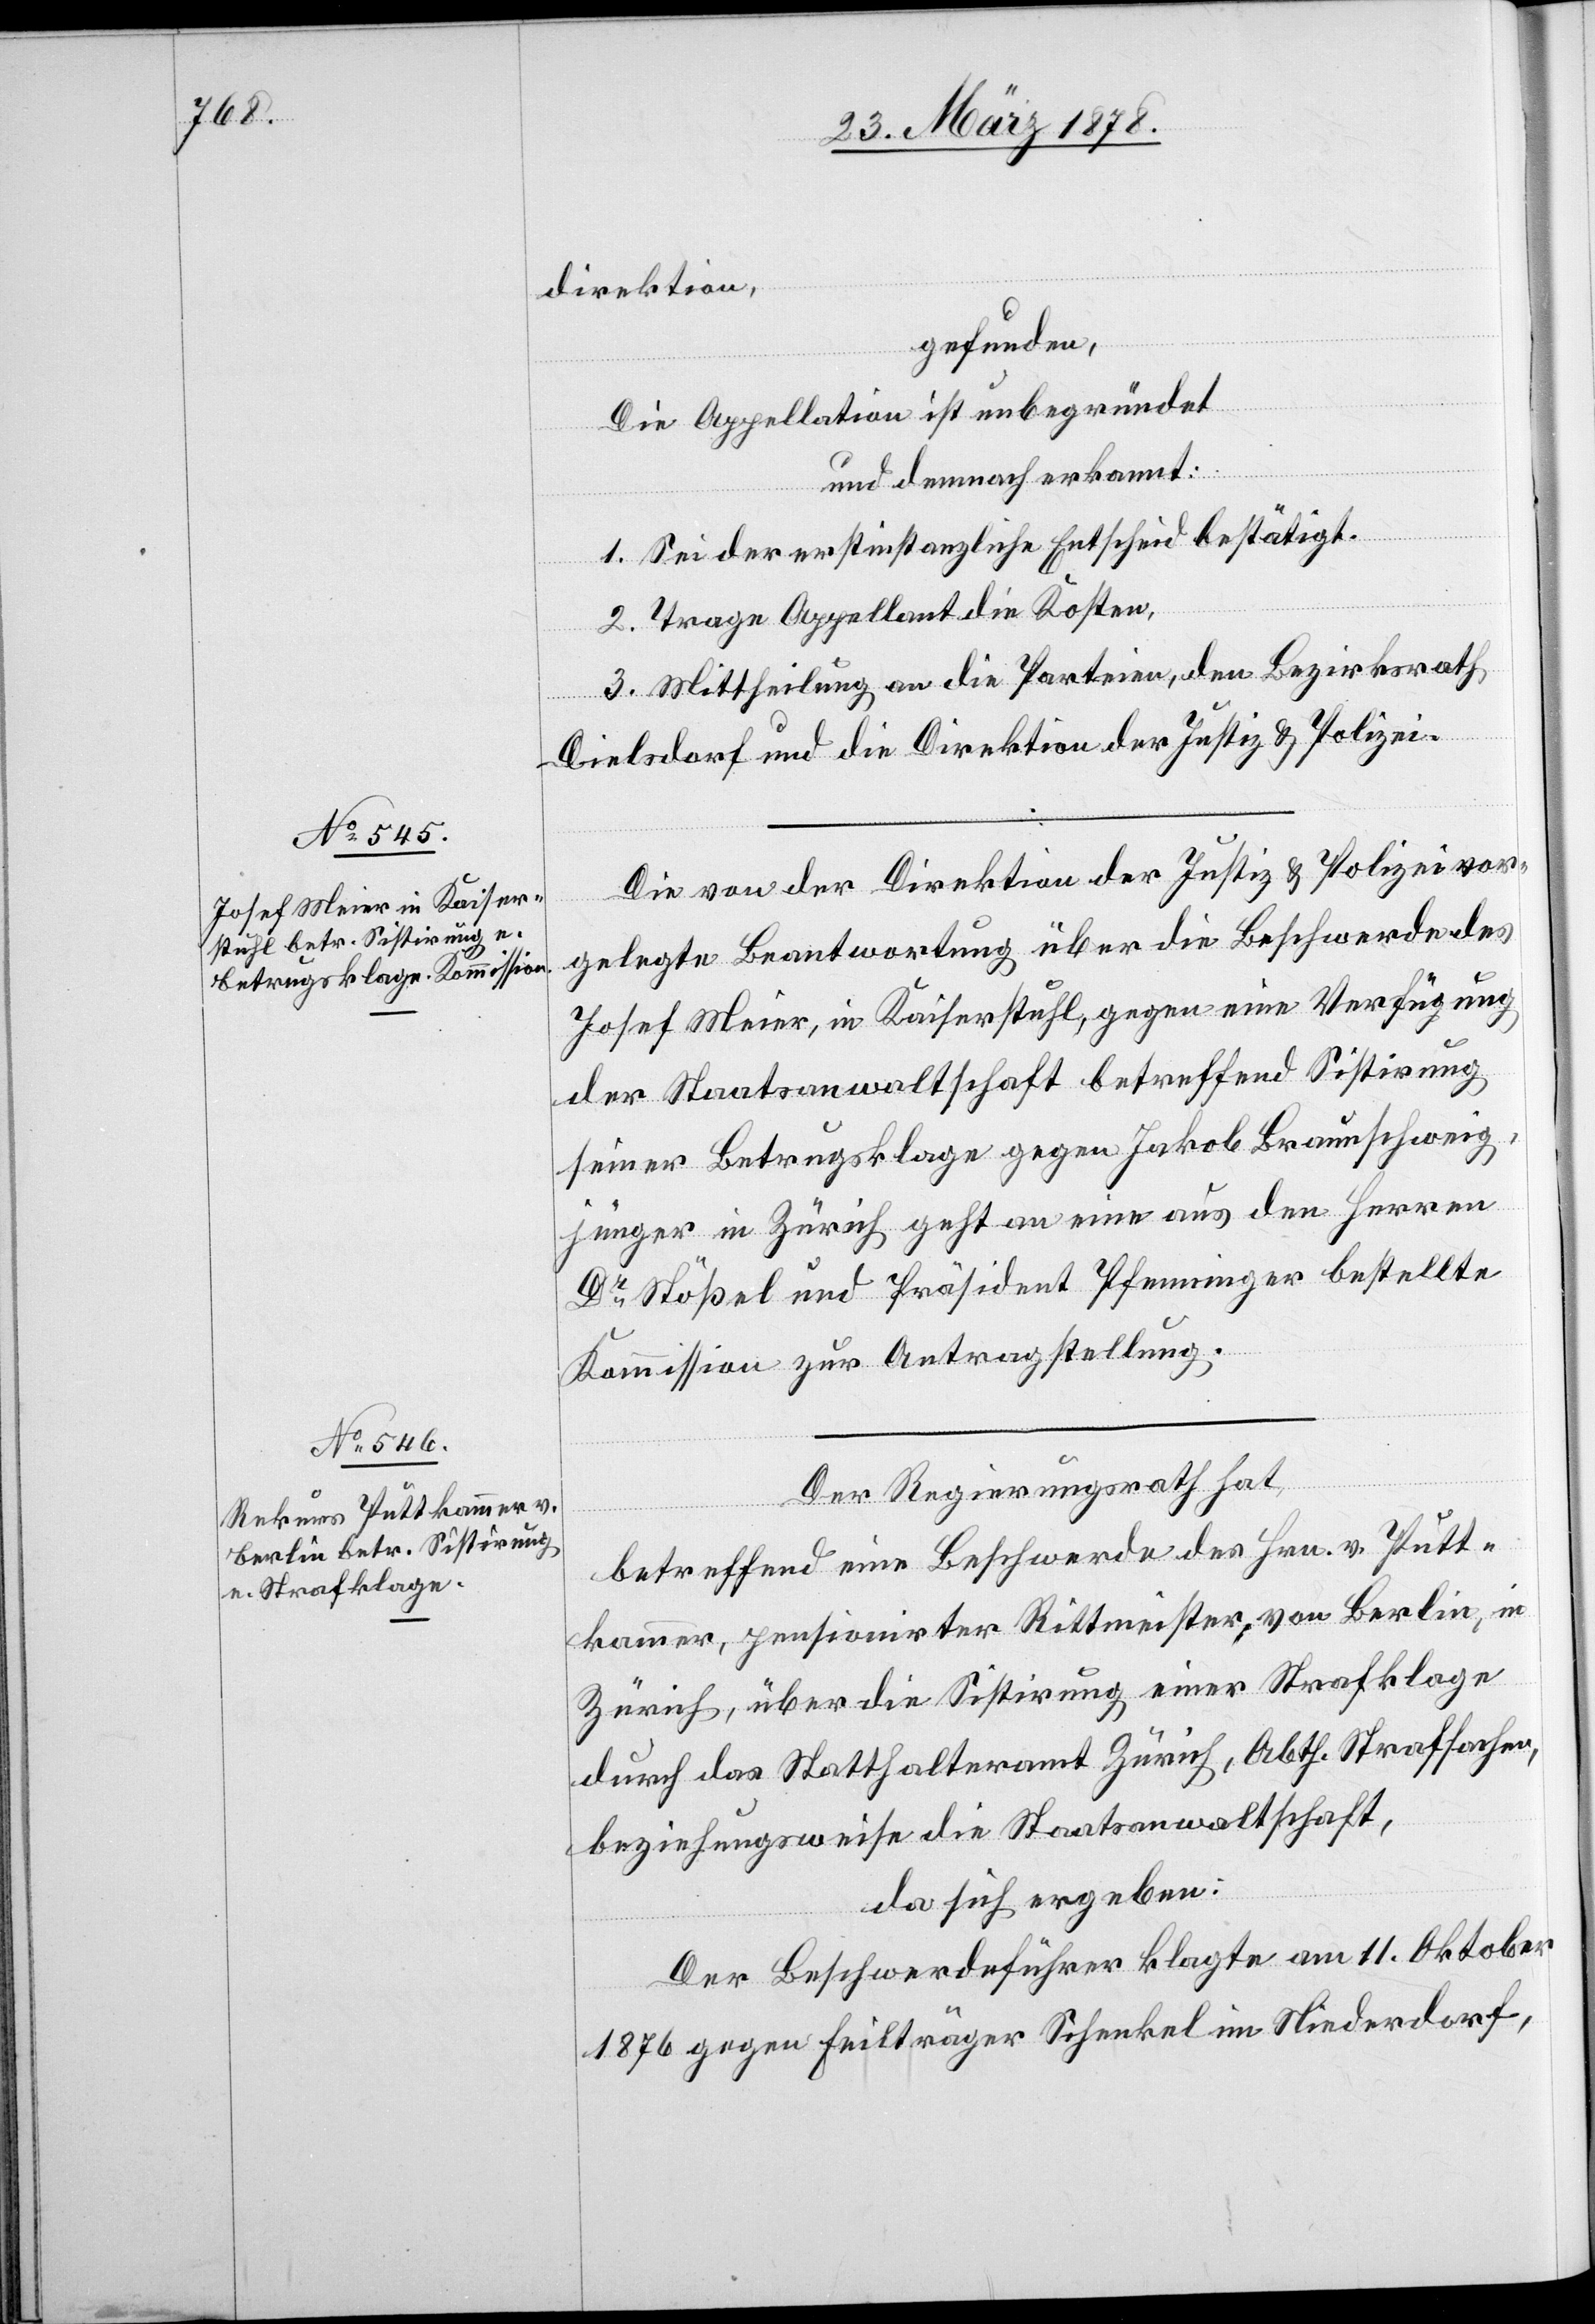
direktion,
gefunden,
Die Appellation ist unbegründet
und demnach erkannt:
1. Sei der erstinstanzliche Entscheid bestätigt.
2. Trage Appellant die Kosten.
3. Mittheilung an die Parteien, den Bezirksrath
Dielsdorf und die Direktion der Justiz & Polizei.
Die von der Direktion der Justiz- & Polizei vor¬
gelegte Beantwortung über die Beschwerde des
Josef Meier, in Kaiserstuhl, gegen eine Verfügung
der Staatsanwaltschaft betreffend Sistirung
seiner Betrugsklage gegen Jakob Braunschweig,
jünger in Zürich geht an eine aus den Herren
Dr Stößel und Präsident Pfenniger bestellte
Kommission zur Antragstellung.
Der Regierungsrath hat,
betreffend eine Beschwerde des Hrn. v. Putt¬
kammer, pensionirter Rittmeister, von Berlin, in
Zürich, über die Sistirung einer Strafklage
durch das Statthalteramt Zürich, Abth. Strafsachen,
beziehungsweise die Staatsanwaltschaft,
da sich ergeben:
Der Beschwerdeführer klagte am 11. Oktober
1876 gegen Feilträger Schenkel im Niederdorf,